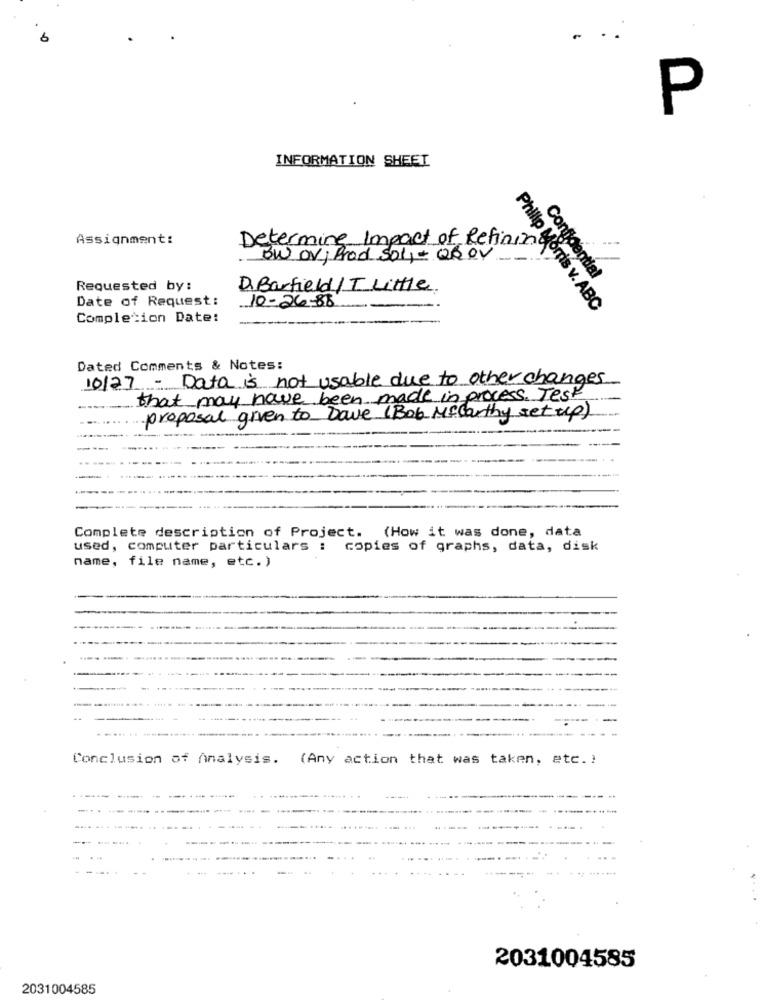
6
P
INFORMATION SHEET
Assignment:
Determine Impact of Refining
BW OV, Prod sol, QROV
Confidential
Requested by:
D. Barfield/T Little
Date of Request:
10-26-88
Philip Morris v. ABC
Completion Date:
Dated Comments & Notes:
10/27- Data is not usable due to other changes
that may have been made in process. Test
proposal given to Dave (Bob Mccarthy set up)
Complete description of Project. (How it was done, data
used, computer particulars : copies of graphs, data, disk
name, file name, etc.)
Conclusion of Analysis.
. (Any action that was taken, etc.)
2031004585
2031004585